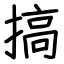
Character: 搞